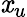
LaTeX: \mathit{x}_{u}